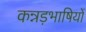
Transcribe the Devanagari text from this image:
कन्नड़भाषियों